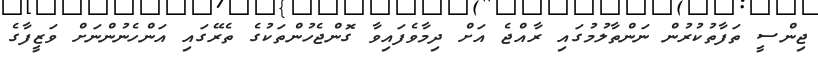
ޖިންސީ ތަފާތުކުރުން ނަންތާލުމުގައި ރާއްޖެ އަށް ދިމާވެފައިވާ ގޮންޖެހުންތަކުގެ ތެރޭގައި އަންހެނުންނަށް ވަޒީފާގެ